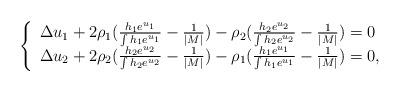
LaTeX: \begin{align*}\left\{\begin{array}{l}\Delta u_1+2\rho_1(\frac{h_1e^{u_1}}{\int h_1e^{u_1}}-\frac{1}{|M|})-\rho_2(\frac{h_2e^{u_2}}{\int h_2e^{u_2}}-\frac{1}{|M|})=0\\\Delta u_2+2\rho_2(\frac{h_2e^{u_2}}{\int h_2e^{u_2}}-\frac{1}{|M|})-\rho_1(\frac{h_1e^{u_1}}{\int h_1e^{u_1}}-\frac{1}{|M|})=0,\end{array}\right.\end{align*}